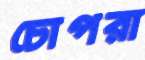
চোপরা